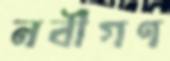
নবীগণ